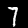
Label: 7